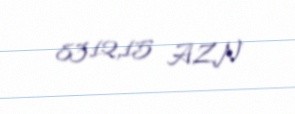
8312,15 AZN